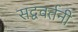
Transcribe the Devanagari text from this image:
सद्ववर्तनी